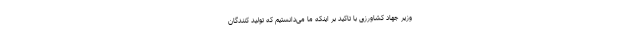
وزیر جهاد کشاورزی با تاکید بر اینکه ما می‌دانستیم که تولید کنندگان